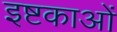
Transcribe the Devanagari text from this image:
इष्टकाओं